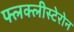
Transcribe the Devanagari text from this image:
फ्लक्लीस्टेरोन